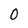
Character: 0